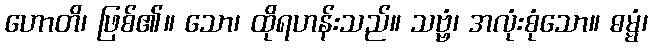
ဟောတိ၊ ဖြစ်၏။ သော၊ ထိုရဟန်းသည်။ သဗ္ဗံ၊ အလုံးစုံသော။ ဓမ္မံ၊